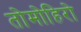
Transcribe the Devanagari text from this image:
तोमोहिरो